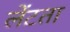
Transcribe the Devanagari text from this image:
लेंटता